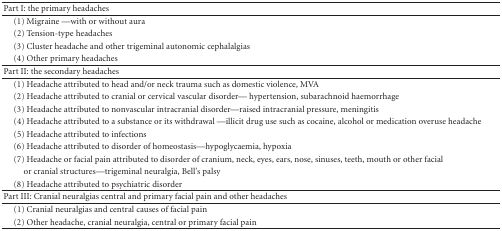
| Part I: the primary headaches |  |
 | --- | --- |
 | (1) Migraine—with or without aura |  |
 | (2) Tension-type headaches |  |
 | (3) Cluster headache and other trigeminal autonomic cephalalgias |  |
 | (4) Other primary headaches |  |
 | Part II: the secondary headaches |  |
 | (1) Headache attributed to head and/or neck trauma such as domestic violence, MVA |  |
 | (2) Headache attributed to cranial or cervical vascular disorder—hypertension, subarachnoid haemorrhage |  |
 | (3) Headache attributed to nonvascular intracranial disorder—raised intracranial pressure, meningitis |  |
 | (4) Headache attributed to a substance or its withdrawal—illicit drug use such as cocaine, alcohol or medication overuse headache |  |
 | (5) Headache attributed to infections |  |
 | (6) Headache attributed to disorder of homeostasis—hypoglycaemia, hypoxia |  |
 | (7) Headache or facial pain attributed to disorder of cranium, neck, eyes, ears, nose, sinuses, teeth, mouth or other facial |  |
 | or cranial structures—trigeminal neuralgia, Bell's palsy |  |
 | (8) Headache attributed to psychiatric disorder |  |
 | Part III: Cranial neuralgias central and primary facial pain and other headaches |  |
 | (1) Cranial neuralgias and central causes of facial pain |  |
 | (2) Other headache, cranial neuralgia, central or primary facial pain |  |